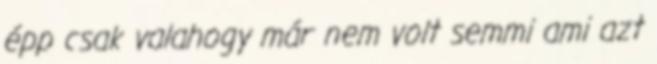
épp csak valahogy már nem volt semmi ami azt